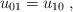
LaTeX: \begin{align*}u_{01}=u_{10}\;,\end{align*}